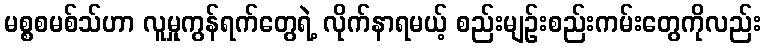
မစ္စစမစ်သ်ဟာ လူမှုကွန်ရက်တွေရဲ့ လိုက်နာရမယ့် စည်းမျဉ်းစည်းကမ်းတွေကိုလည်း